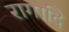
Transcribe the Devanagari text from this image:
रागादि